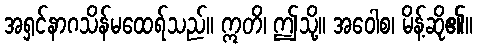
အရှင်နာဂသိန်မထေရ်သည်။ ဣတိ၊ ဤသို့။ အဝေါစ၊ မိန့်ဆို၏။